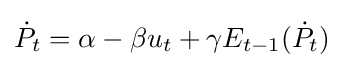
{\dot {P}}_{t}=\alpha -\beta u_{t}+\gamma E_{t-1}({\dot {P}}_{t})